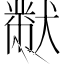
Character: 𭸪